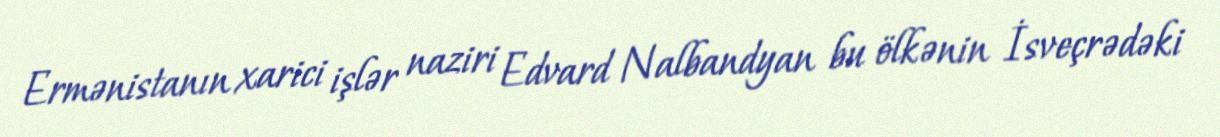
Ermənistanın xarici işlər naziri Edvard Nalbandyan bu ölkənin İsveçrədəki